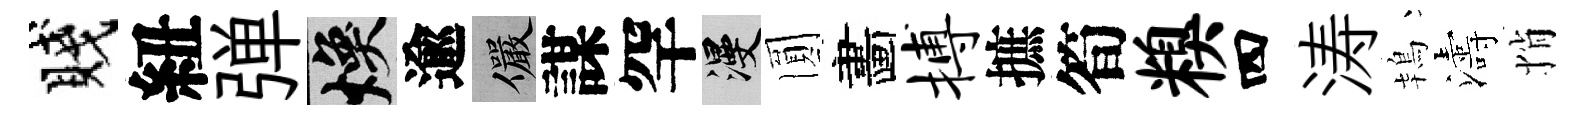
賤紐弹焕逾儼謀罕漫圎畵搏摭筍糗四涛鴇濤悄